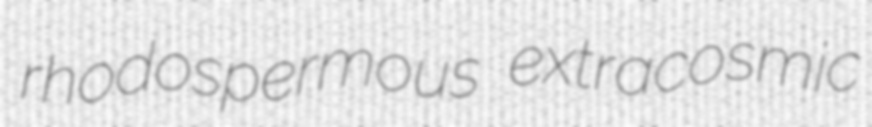
rhodospermous extracosmic